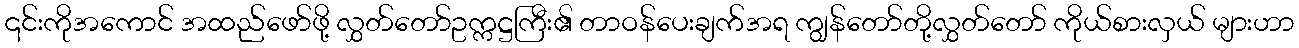
၎င်းကိုအကောင် အထည်ဖော်ဖို့ လွှတ်တော်ဥက္ကဋ္ဌကြီး၏ တာဝန်ပေးချက်အရ ကျွန်တော်တို့လွှတ်တော် ကိုယ်စားလှယ် များဟာ